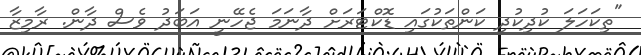
"ތިކަހަލަ ކުދިކުދި ކަންތަކުގައި ޑޮކްޓަރަށް ދާނަމަ ޖެހޭނީ އަބަދު ވެސް ދާން. ރާމިޒާ